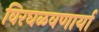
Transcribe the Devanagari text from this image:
विरघळवणार्या